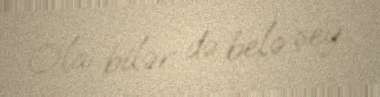
Ola bilər də belə şey..